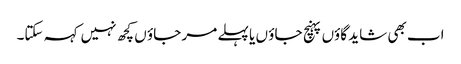
اب بھی شاید گاؤں پہنچ جاؤ ں یا پہلے مر جاؤ ں کچھ نہیں کہہ سکتا۔